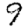
Digit: 9